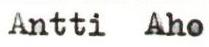
Antti Aho